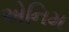
એનિમ